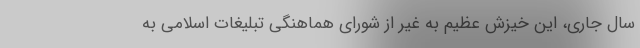
سال جاری، این خیزش عظیم به غیر از شورای هماهنگی تبلیغات اسلامی به